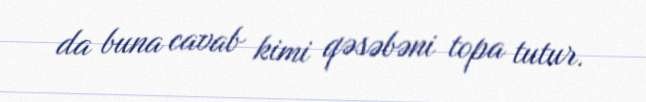
da buna cavab kimi qəsəbəni topa tutur.